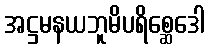
အဋ္ဌမနယဘူမိပရိစ္ဆေဒေါ